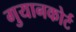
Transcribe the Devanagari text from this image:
गुयानकोर्ट